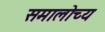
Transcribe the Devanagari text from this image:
समालोच्य